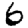
Digit: 6